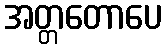
အတ္တတောပေ